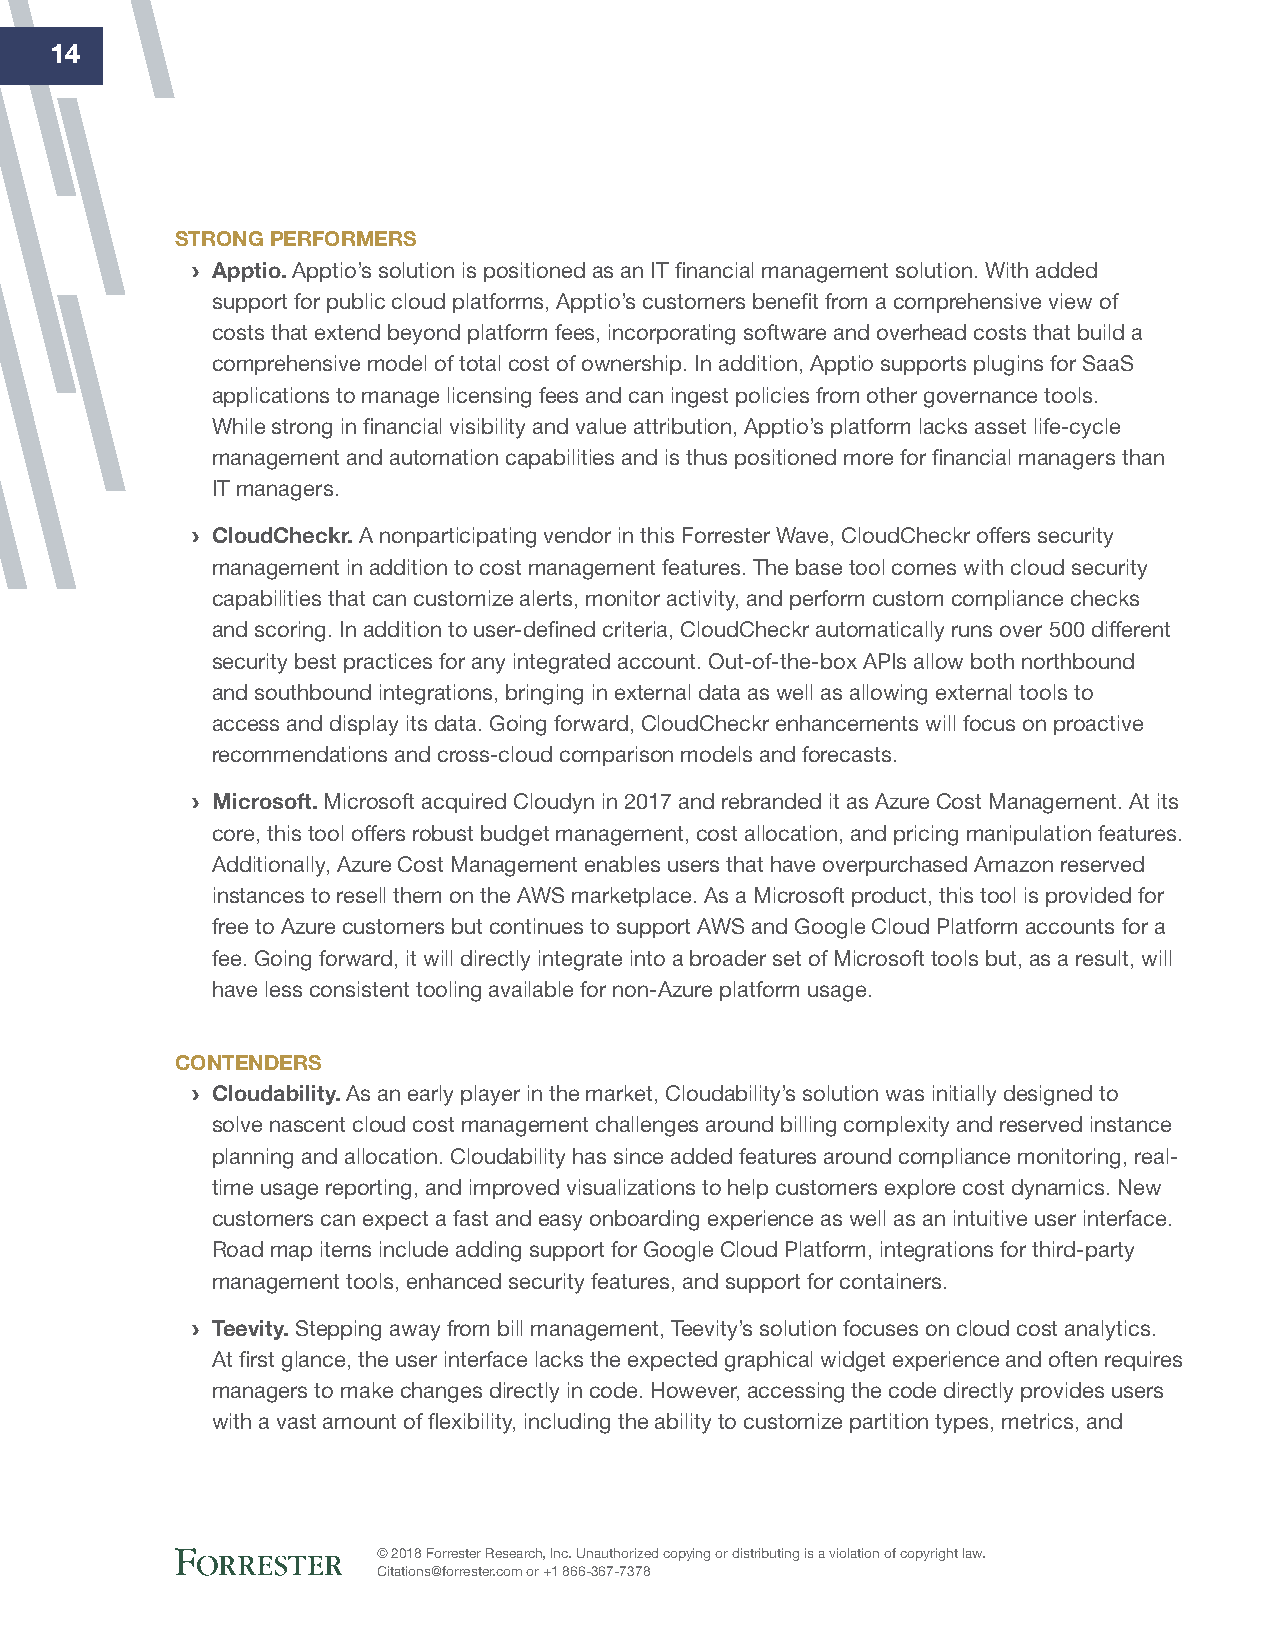
14
 StrONg perfOrMerS
 › Apptio. Apptio’s solution is positioned as an IT financial management solution. With added
 support for public cloud platforms, Apptio’s customers benefit from a comprehensive view of
 costs that extend beyond platform fees, incorporating software and overhead costs that build a
 comprehensive model of total cost of ownership. In addition, Apptio supports plugins for SaaS
 applications to manage licensing fees and can ingest policies from other governance tools.
 While strong in financial visibility and value attribution, Apptio’s platform lacks asset life-cycle
 management and automation capabilities and is thus positioned more for financial managers than
 IT managers.
 › CloudCheckr. A nonparticipating vendor in this Forrester Wave, CloudCheckr offers security
 management in addition to cost management features. The base tool comes with cloud security
 capabilities that can customize alerts, monitor activity, and perform custom compliance checks
 and scoring. In addition to user-defined criteria, CloudCheckr automatically runs over 500 different
 security best practices for any integrated account. Out-of-the-box APIs allow both northbound
 and southbound integrations, bringing in external data as well as allowing external tools to
 access and display its data. Going forward, CloudCheckr enhancements will focus on proactive
 recommendations and cross-cloud comparison models and forecasts.
 › Microsoft. Microsoft acquired Cloudyn in 2017 and rebranded it as Azure Cost Management. At its
 core, this tool offers robust budget management, cost allocation, and pricing manipulation features.
 Additionally, Azure Cost Management enables users that have overpurchased Amazon reserved
 instances to resell them on the AWS marketplace. As a Microsoft product, this tool is provided for
 free to Azure customers but continues to support AWS and Google Cloud Platform accounts for a
 fee. Going forward, it will directly integrate into a broader set of Microsoft tools but, as a result, will
 have less consistent tooling available for non-Azure platform usage.
 CONteNderS
 › Cloudability. As an early player in the market, Cloudability’s solution was initially designed to
 solve nascent cloud cost management challenges around billing complexity and reserved instance
 planning and allocation. Cloudability has since added features around compliance monitoring, real-
 time usage reporting, and improved visualizations to help customers explore cost dynamics. New
 customers can expect a fast and easy onboarding experience as well as an intuitive user interface.
 Road map items include adding support for Google Cloud Platform, integrations for third-party
 management tools, enhanced security features, and support for containers.
 › teevity. Stepping away from bill management, Teevity’s solution focuses on cloud cost analytics.
 At first glance, the user interface lacks the expected graphical widget experience and often requires
 managers to make changes directly in code. However, accessing the code directly provides users
 with a vast amount of flexibility, including the ability to customize partition types, metrics, and
 © 2018 Forrester Research, Inc. Unauthorized copying or distributing is a violation of copyright law.
 Citations@forrester.com or +1 866-367-7378